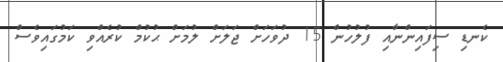
ކެނޑި ސިފައިންނާއި ފުލުހުން 15 ދުވަހަށް ޖަލަށް ލުމަށް ޙުކުމް ކުރެއްވި ކަމުގައިވެސް